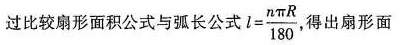
过比较扇形面积公式与弧长公式 $$l = \frac { n π R } { 1 8 0 }$$得出扇形面